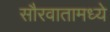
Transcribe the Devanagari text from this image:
सौरवातामध्ये